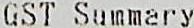
GST SUMMERY